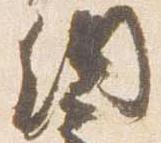
納